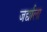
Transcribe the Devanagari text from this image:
जर्द्याला